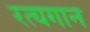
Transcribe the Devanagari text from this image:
रत्यगान